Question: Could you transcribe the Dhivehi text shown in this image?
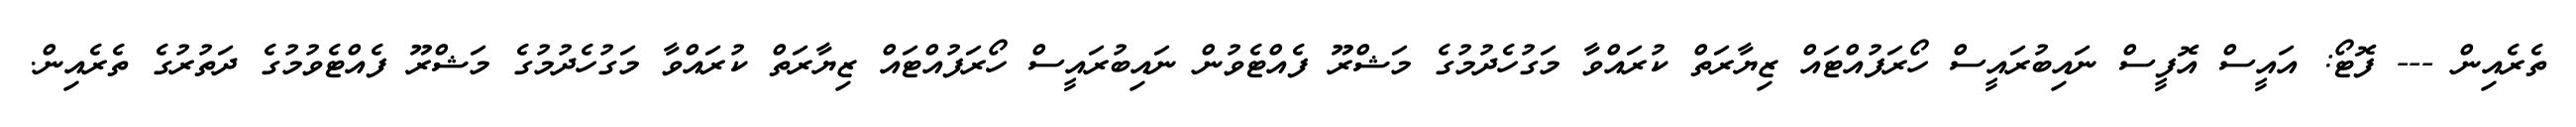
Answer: ތެރެއިން --- ފޮޓޯ: އައީސް އޮފީސް ނައިބުރައީސް ހޯރަފުއްޓައް ޒިޔާރަތް ކުރައްވާ މަގުހެދުމުގެ މަޝްރޫ ފެއްޓެވުން ނައިބުރައީސް ހޯރަފުއްޓައް ޒިޔާރަތް ކުރައްވާ މަގުހެދުމުގެ މަޝްރޫ ފެއްޓެވުމުގެ ދަތުރުގެ ތެރެއިން.